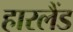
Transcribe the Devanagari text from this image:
हारलैंड